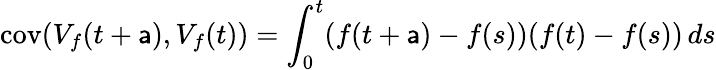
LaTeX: \operatorname{cov}(V_{f}(t+\mathsf{a}),V_{f}(t))=\int_{0}^{t}(f(t+\mathsf{a})-f(s))(f(t)-f(s))\, ds